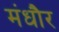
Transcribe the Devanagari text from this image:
मंधौर